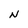
Character: N